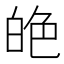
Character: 𦫙